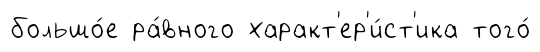
большо́е ра́вного характ'ер'и́ст'ика того́